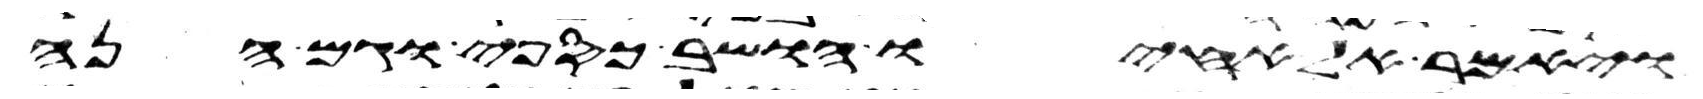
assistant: ויאמר אל אחיו הושב כספי וגם הנה